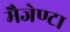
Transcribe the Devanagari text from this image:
मैजेण्टा